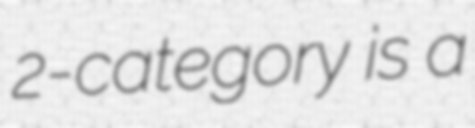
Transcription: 2-category is a